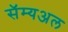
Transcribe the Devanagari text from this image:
सॅम्यअल